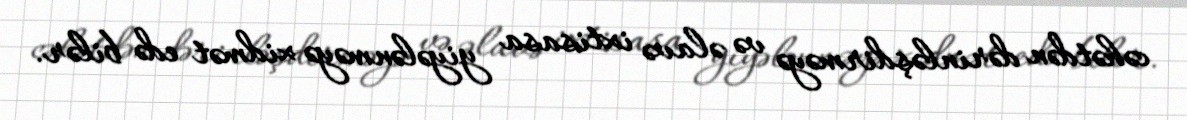
cəhətdən dərinləşdirməyə və əlavə ixtisasa yiyələnməyə xidmət edə bilər.